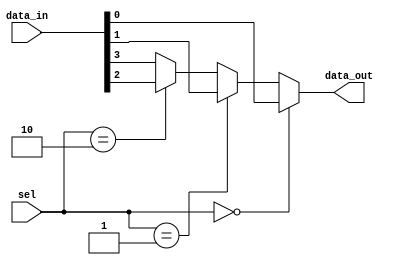
`timescale 1ns / 1ps
//////////////////////////////////////////////////////////////////////////////////
// Company: 
// Engineer: 
// 
// Design Name: 
// Module Name: mux
// Project Name: 
// Target Devices: 
// Tool Versions: 
// Description: 
// 
// Dependencies: 
// 
// Revision:
// Revision 0.01 - File Created
// Additional Comments:
// 
//////////////////////////////////////////////////////////////////////////////////



module mux(
  input wire [3:0] data_in,
  input wire [1:0] sel, 
  output wire data_out
);

  assign data_out = (sel == 2'b00) ? data_in[0] :
                   (sel == 2'b01) ? data_in[1] :
                   (sel == 2'b10) ? data_in[2] :
                                   data_in[3];
endmodule